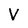
Character: V